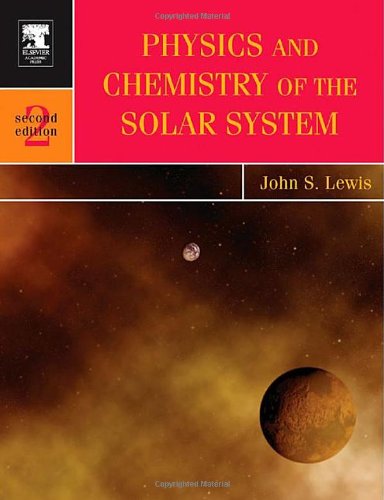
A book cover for Physics and Chemistry of the Solar System, Volume 87, Second Edition (International Geophysics); John S. Lewis; Science & Math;